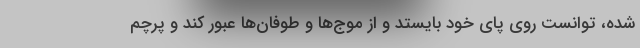
شده، توانست روی پای خود بایستد و از موج‌ها و طوفان‌ها عبور کند و پرچم